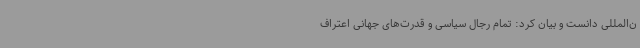
ن‌المللی دانست و بیان کرد: تمام رجال سیاسی و قدرت‌های جهانی اعتراف